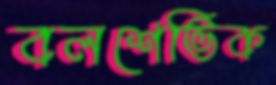
বলশেভিক